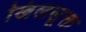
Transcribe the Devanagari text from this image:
खिलसूक्त